Insane asylums in Bengal annual reports 1867-1875 - 1867-1875
Year: 1867
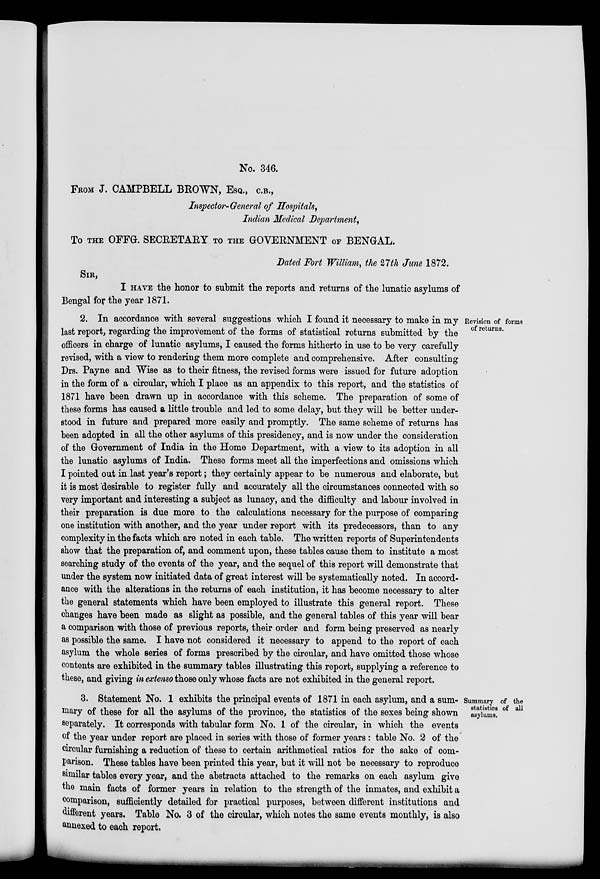
No. 346.
FROM J. CAMPBELL BROWN, ESQ., C.B.,
Inspector-General of Hospitals,
Indian Medical Department,
To THE OFFG. SECRETARY TO THE GOVERNMENT OF BENGAL.
Dated Fort William, the 27th June 1872.
SIR,
I HAVE the honor to submit the reports and returns of the lunatic asylums of
Bengal for the year 1871.
Revision of forms
of returns.
2. In accordance with several suggestions which I found it necessary to make in my
last report, regarding the improvement of the forms of statistical returns submitted by the
officers in charge of lunatic asylums, I caused the forms hitherto in use to be very carefully
revised, with a view to rendering them more complete and comprehensive. After consulting
Drs. Payne and Wise as to their fitness, the revised forms were issued for future adoption
in the form of a circular, which I place as an appendix to this report, and the statistics of
1871 have been drawn up in accordance with this scheme. The preparation of some of
these forms has caused a little trouble and led to some delay, but they will be better under-
stood in future and prepared more easily and promptly. The same scheme of returns has
been adopted in all the other asylums of this presidency, and is now under the consideration
of the Government of India in the Home Department, with a view to its adoption in all
the lunatic asylums of India. These forms meet all the imperfections and omissions which
I pointed out in last year's report; they certainly appear to be numerous and elaborate, but
it is most desirable to register fully and accurately all the circumstances connected with so
very important and interesting a subject as lunacy, and the difficulty and labour involved in
their preparation is due more to the calculations necessary for the purpose of comparing
one institution with another, and the year under report with its predecessors, than to any
complexity in the facts which are noted in each table. The written reports of Superintendents
show that the preparation of, and comment upon, these tables cause them to institute a most
searching study of the events of the year, and the sequel of this report will demonstrate that
under the system now initiated data of great interest will be systematically noted. In accord-
ance with the alterations in the returns of each institution, it has become necessary to alter
the general statements which have been employed to illustrate this general report. These
changes have been made as slight as possible, and the general tables of this year will bear
a comparison with those of previous reports, their order and form being preserved as nearly
as possible the same. I have not considered it necessary to append to the report of each
asylum the whole series of forms prescribed by the circular, and have omitted those whose
contents are exhibited in the summary tables illustrating this report, supplying a reference to
these, and giving in extenso those only whose facts are not exhibited in the general report.
Summary of the
statistics of all
asylums.
3. Statement No. 1 exhibits the principal events of 1871 in each asylum, and a sum-
mary of these for all the asylums of the province, the statistics of the sexes being shown
separately. It corresponds with tabular form No. 1 of the circular, in which the events
of the year under report are placed in series with those of former years : table No. 2 of the
circular furnishing a reduction of these to certain arithmetical ratios for the sake of com-
parison. These tables have been printed this year, but it will not be necessary to reproduce
similar tables every year, and the abstracts attached to the remarks on each asylum give
the main facts of former years in relation to the strength of the inmates, and exhibit a
comparison, sufficiently detailed for practical purposes, between different institutions and
different years. Table No. 3 of the circular, which notes the same events monthly, is also
annexed to each report.